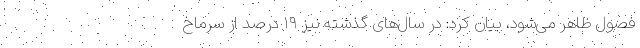
فصول ظاهر می‌شود، بیان کرد: در سال‌های گذشته نیز ۱۹ درصد از سرماخ